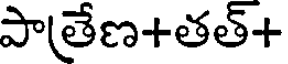
పాతేణ+తత్+